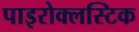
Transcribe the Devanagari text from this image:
पाइरोक्लस्टिक